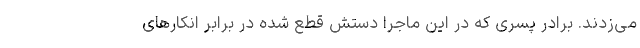
می‌زدند. برادر پسری که در این ماجرا دستش قطع شده در برابر انکارهای